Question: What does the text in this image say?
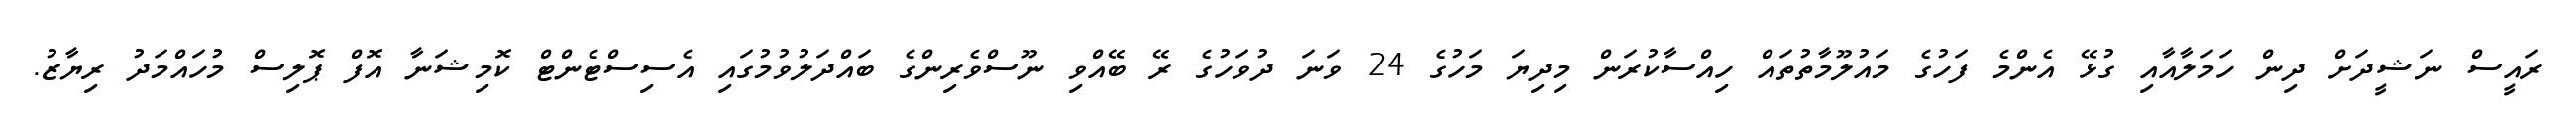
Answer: ރައީސް ނަޝީދަށް ދިން ހަމަލާއާއި ގުޅޭ އެންމެ ފަހުގެ މައުލޫމާތުތައް ހިއްސާކުރަން މިދިޔަ މަހުގެ 24 ވަނަ ދުވަހުގެ ރޭ ބޭއްވި ނޫސްވެރިންގެ ބައްދަލުވުމުގައި އެސިސްޓެންޓް ކޮމިޝަނާ އޮފް ޕޮލިސް މުހައްމަދު ރިޔާޒު.